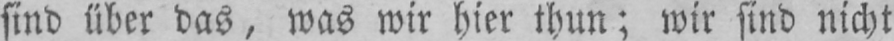
sind über das, was wir hier thun; wir sind nicht